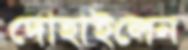
দোহাইলেন